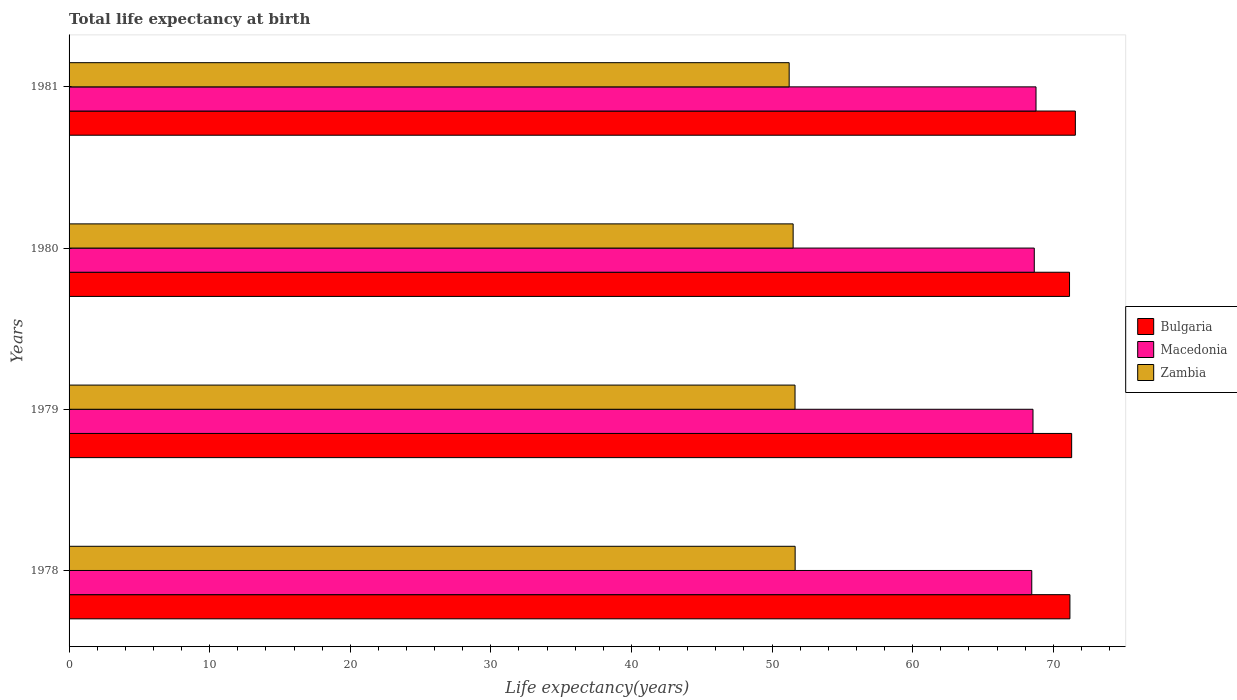
| Years | Bulgaria | Macedonia | Zambia |
 | --- | --- | --- | --- |
 | 1978 | 71.2 | 68.5 | 51.6 |
 | 1979 | 71.3 | 68.6 | 51.6 |
 | 1980 | 71.2 | 68.7 | 51.5 |
 | 1981 | 71.6 | 68.8 | 51.2 |